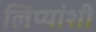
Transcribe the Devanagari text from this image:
लिप्यांशी